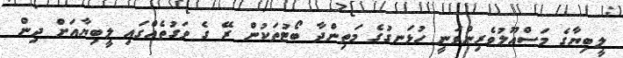
ލީބިޔާގެ މަސްއޫލުވެރިންވަނީ ހުޅަނގުގެ މަތިންދާ ބޯޓުތަކުން ރޭ ގެ ވަގުތެއްގައި ލީބިޔާއަށް ދިން